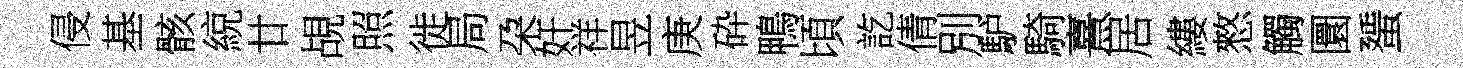
侵基骸綂廿覘照徙局朶奸祥昱庚砕鴨頃訖倩別馿騎熹居縷憗觸圜蜑